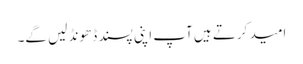
امید کرتے ہیں آپ اپنی پسند ڈھونڈ لیں گے۔